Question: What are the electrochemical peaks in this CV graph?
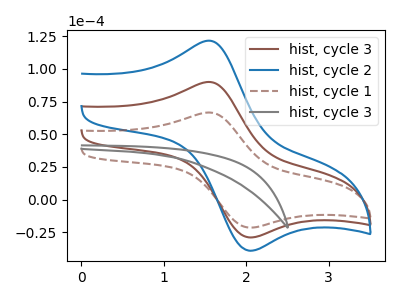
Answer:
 <answer>The brown curve "hist, cycle 3" has an anodic peak at (1.55V, 90.00uA) and a cathodic peak at (2.05V, -28.95uA). The blue curve "hist, cycle 2" has an anodic peak at (1.55V, 180.05uA) and a cathodic peak at (2.05V, -57.90uA). The brown dashed curve "hist, cycle 1" has an anodic peak at (1.55V, 66.65uA) and a cathodic peak at (2.05V, -21.45uA). The gray curve "hist, cycle 3" has no peaks.</answer>
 <eval></eval>